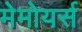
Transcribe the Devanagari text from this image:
मेमोयर्स